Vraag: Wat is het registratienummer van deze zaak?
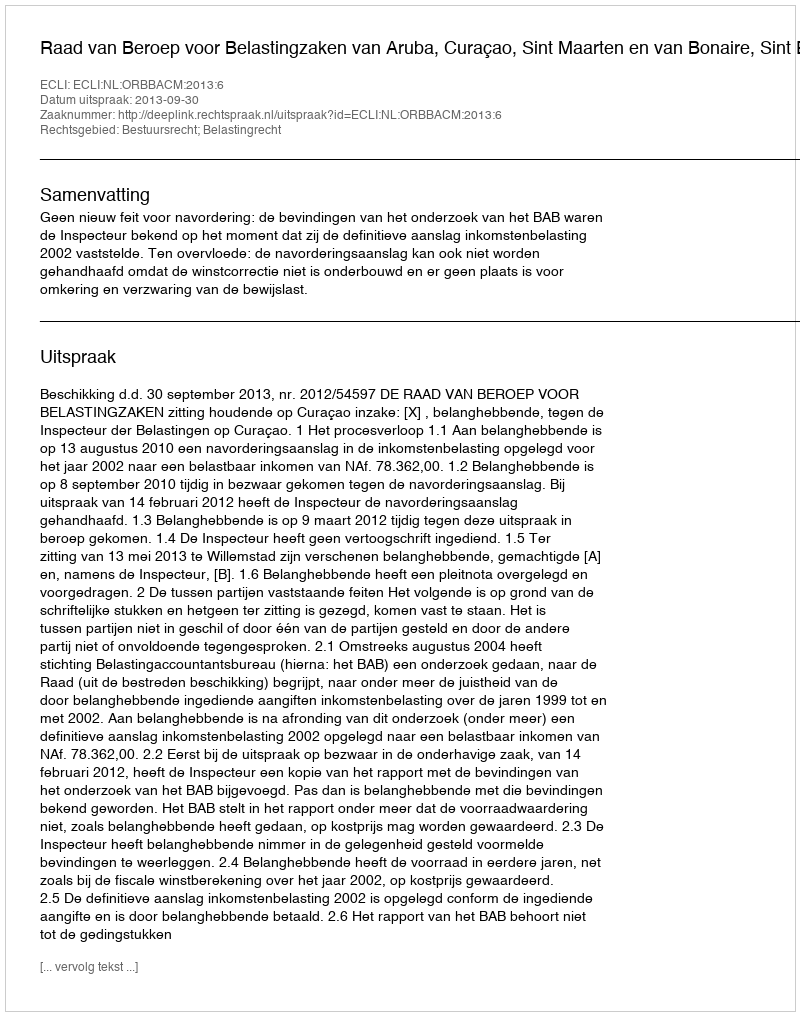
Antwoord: http://deeplink.rechtspraak.nl/uitspraak?id=ECLI:NL:ORBBACM:2013:6